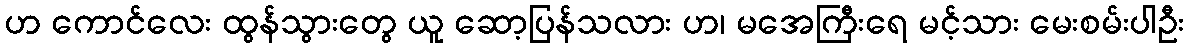
ဟ ကောင်လေး ထွန်သွားတွေ ယူ ဆော့ပြန်သလား ဟ၊ မအေကြီးရေ မင့်သား မေးစမ်းပါဦး